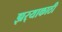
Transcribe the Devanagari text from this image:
झर्‍याकाठी